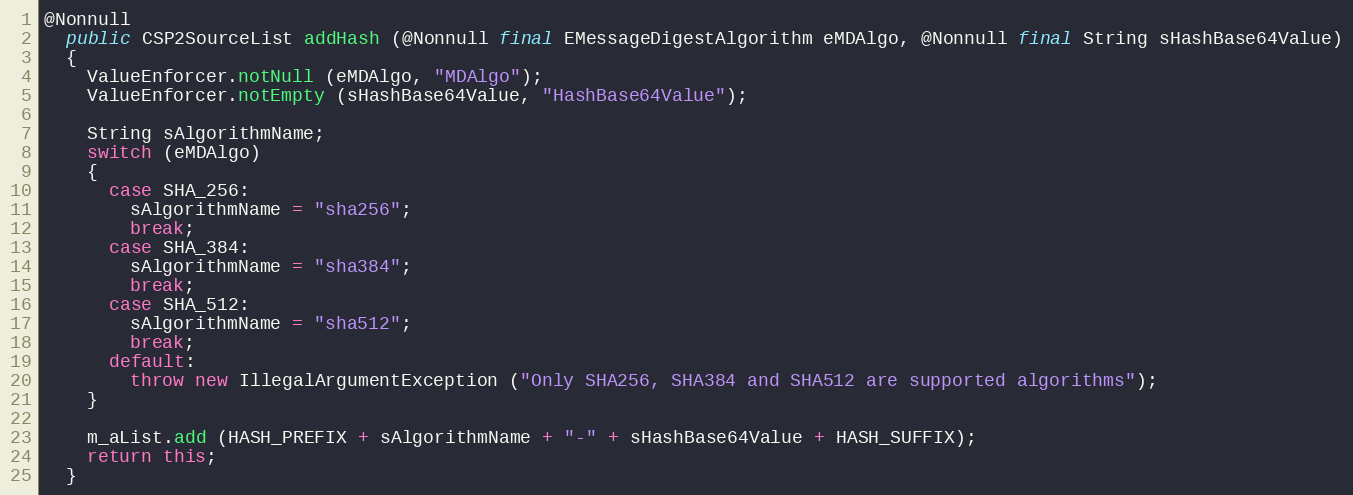
Language: Java
@Nonnull
  public CSP2SourceList addHash (@Nonnull final EMessageDigestAlgorithm eMDAlgo, @Nonnull final String sHashBase64Value)
  {
    ValueEnforcer.notNull (eMDAlgo, "MDAlgo");
    ValueEnforcer.notEmpty (sHashBase64Value, "HashBase64Value");

    String sAlgorithmName;
    switch (eMDAlgo)
    {
      case SHA_256:
        sAlgorithmName = "sha256";
        break;
      case SHA_384:
        sAlgorithmName = "sha384";
        break;
      case SHA_512:
        sAlgorithmName = "sha512";
        break;
      default:
        throw new IllegalArgumentException ("Only SHA256, SHA384 and SHA512 are supported algorithms");
    }

    m_aList.add (HASH_PREFIX + sAlgorithmName + "-" + sHashBase64Value + HASH_SUFFIX);
    return this;
  }